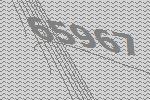
65967